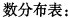
数分布表：